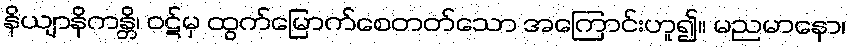
နိယျာနိကန္တိ၊ ဝဋ်မှ ထွက်မြောက်စေတတ်သော အကြောင်းဟူ၍။ မညမာနော၊